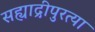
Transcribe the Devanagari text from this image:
सह्याद्रीपुरत्या